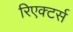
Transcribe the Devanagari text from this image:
रिएक्टर्स